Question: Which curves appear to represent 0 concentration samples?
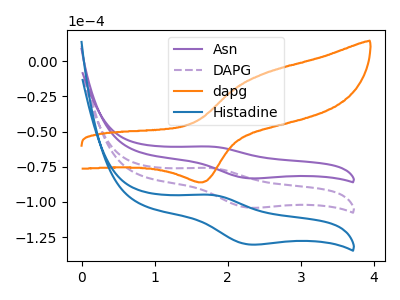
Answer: <think>The purple curve "Asn" has an anodic peak at (1.75V, -60.65uA) and a cathodic peak at (2.30V, -83.20uA). The purple dashed curve "DAPG" has an anodic peak at (1.75V, -75.90uA) and a cathodic peak at (2.30V, -104.10uA). The orange curve "dapg" has an anodic peak at (2.50V, -9.00uA) and a cathodic peak at (1.65V, -86.05uA). The blue curve "Histadine" has an anodic peak at (1.75V, -151.80uA) and a cathodic peak at (2.30V, -208.15uA).</think>
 <answer>There are not any CV's on this graph that are likely to be blanks.</answer>
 <eval>none</eval>